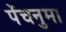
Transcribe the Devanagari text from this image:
पेंचनुमा